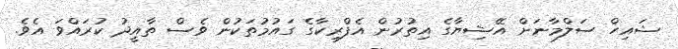
ޝައިހް ސަލްމާނަށް އޭޝިޔާގެ އިތުރުން އެފްރިކާގެ ގައުމުތަކުން ވެސް ތާއީދު ކުރައްވަ އެވެ.